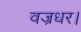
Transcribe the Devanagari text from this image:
वज्रधर।